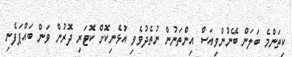
ކިތަންމެ ބަލަން ބޭނުންވިއަސް އިންތަނުން ނުތެދުވެވި އުޅެނިކޮށް ކޮޓަރި ދޮރުން ވަން ބައްޕަފެނި